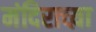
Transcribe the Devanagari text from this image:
मंदिराच्य़ा